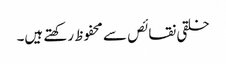
خلقی نقائص سے محفوظ رکھتے ہیں۔